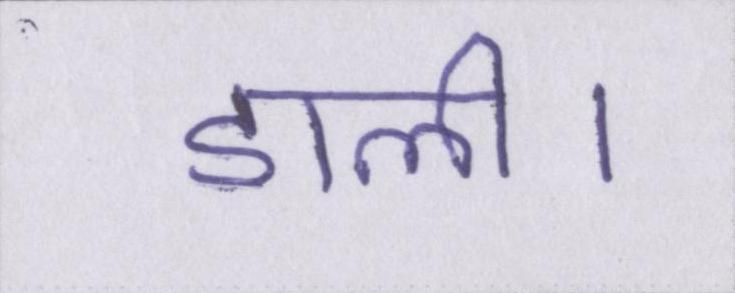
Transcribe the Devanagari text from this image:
डाली।